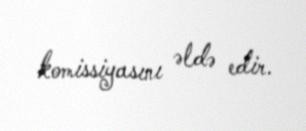
komissiyasını əldə edir.